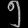
Digit: ၅